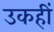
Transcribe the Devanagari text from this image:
उकहीं